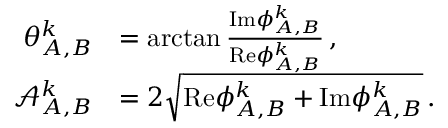
\begin{array} { r l } { \theta _ { A , B } ^ { k } } & { = \arctan \frac { \mathrm { I m } { \phi } _ { A , B } ^ { k } } { \mathrm { R e } { \phi } _ { A , B } ^ { k } } \, , } \\ { \mathcal { A } _ { A , B } ^ { k } } & { = 2 \sqrt { \mathrm { R e } { \phi } _ { A , B } ^ { k } + \mathrm { I m } { \phi } _ { A , B } ^ { k } } \, . } \end{array}